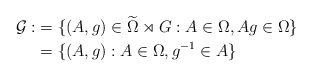
\begin{align*}\mathcal{G}:&=\{(A,g) \in \widetilde{\Omega} \rtimes G: A \in \Omega, Ag \in \Omega\} \\ &=\{(A,g): A \in \Omega, g^{-1} \in A\} \end{align*}